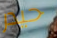
حيدر